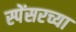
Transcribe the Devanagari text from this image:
स्पेंसरच्या